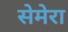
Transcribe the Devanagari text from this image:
सेमेरा